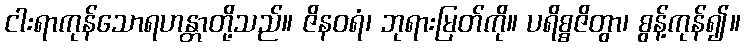
ငါးရာကုန်သောရဟန္တာတို့သည်။ ဇိနဝရံ၊ ဘုရားမြတ်ကို။ ပရိစ္စဇိတွာ၊ စွန့်ကုန်၍။